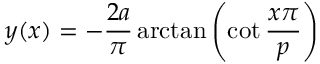
y ( x ) = - { \frac { 2 a } { \pi } } \arctan { \left( \cot { \frac { x \pi } { p } } \right) }